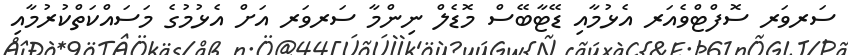
ސަރވަރ ސޮފްޓްވެއަރ އެޅުމާއި ޑޭޓާބޭސް މޮޑެލް ނިންމާ ސަރވަރ އަށް އެޅުމުގެ މަސައްކަތްކުރުމާއި